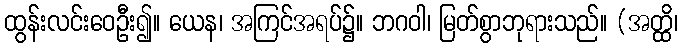
ထွန်းလင်းဝေဦး၍။ ယေန၊ အကြင်အရပ်၌။ ဘဂဝါ၊ မြတ်စွာဘုရားသည်။ (အတ္ထိ၊